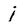
Character: j